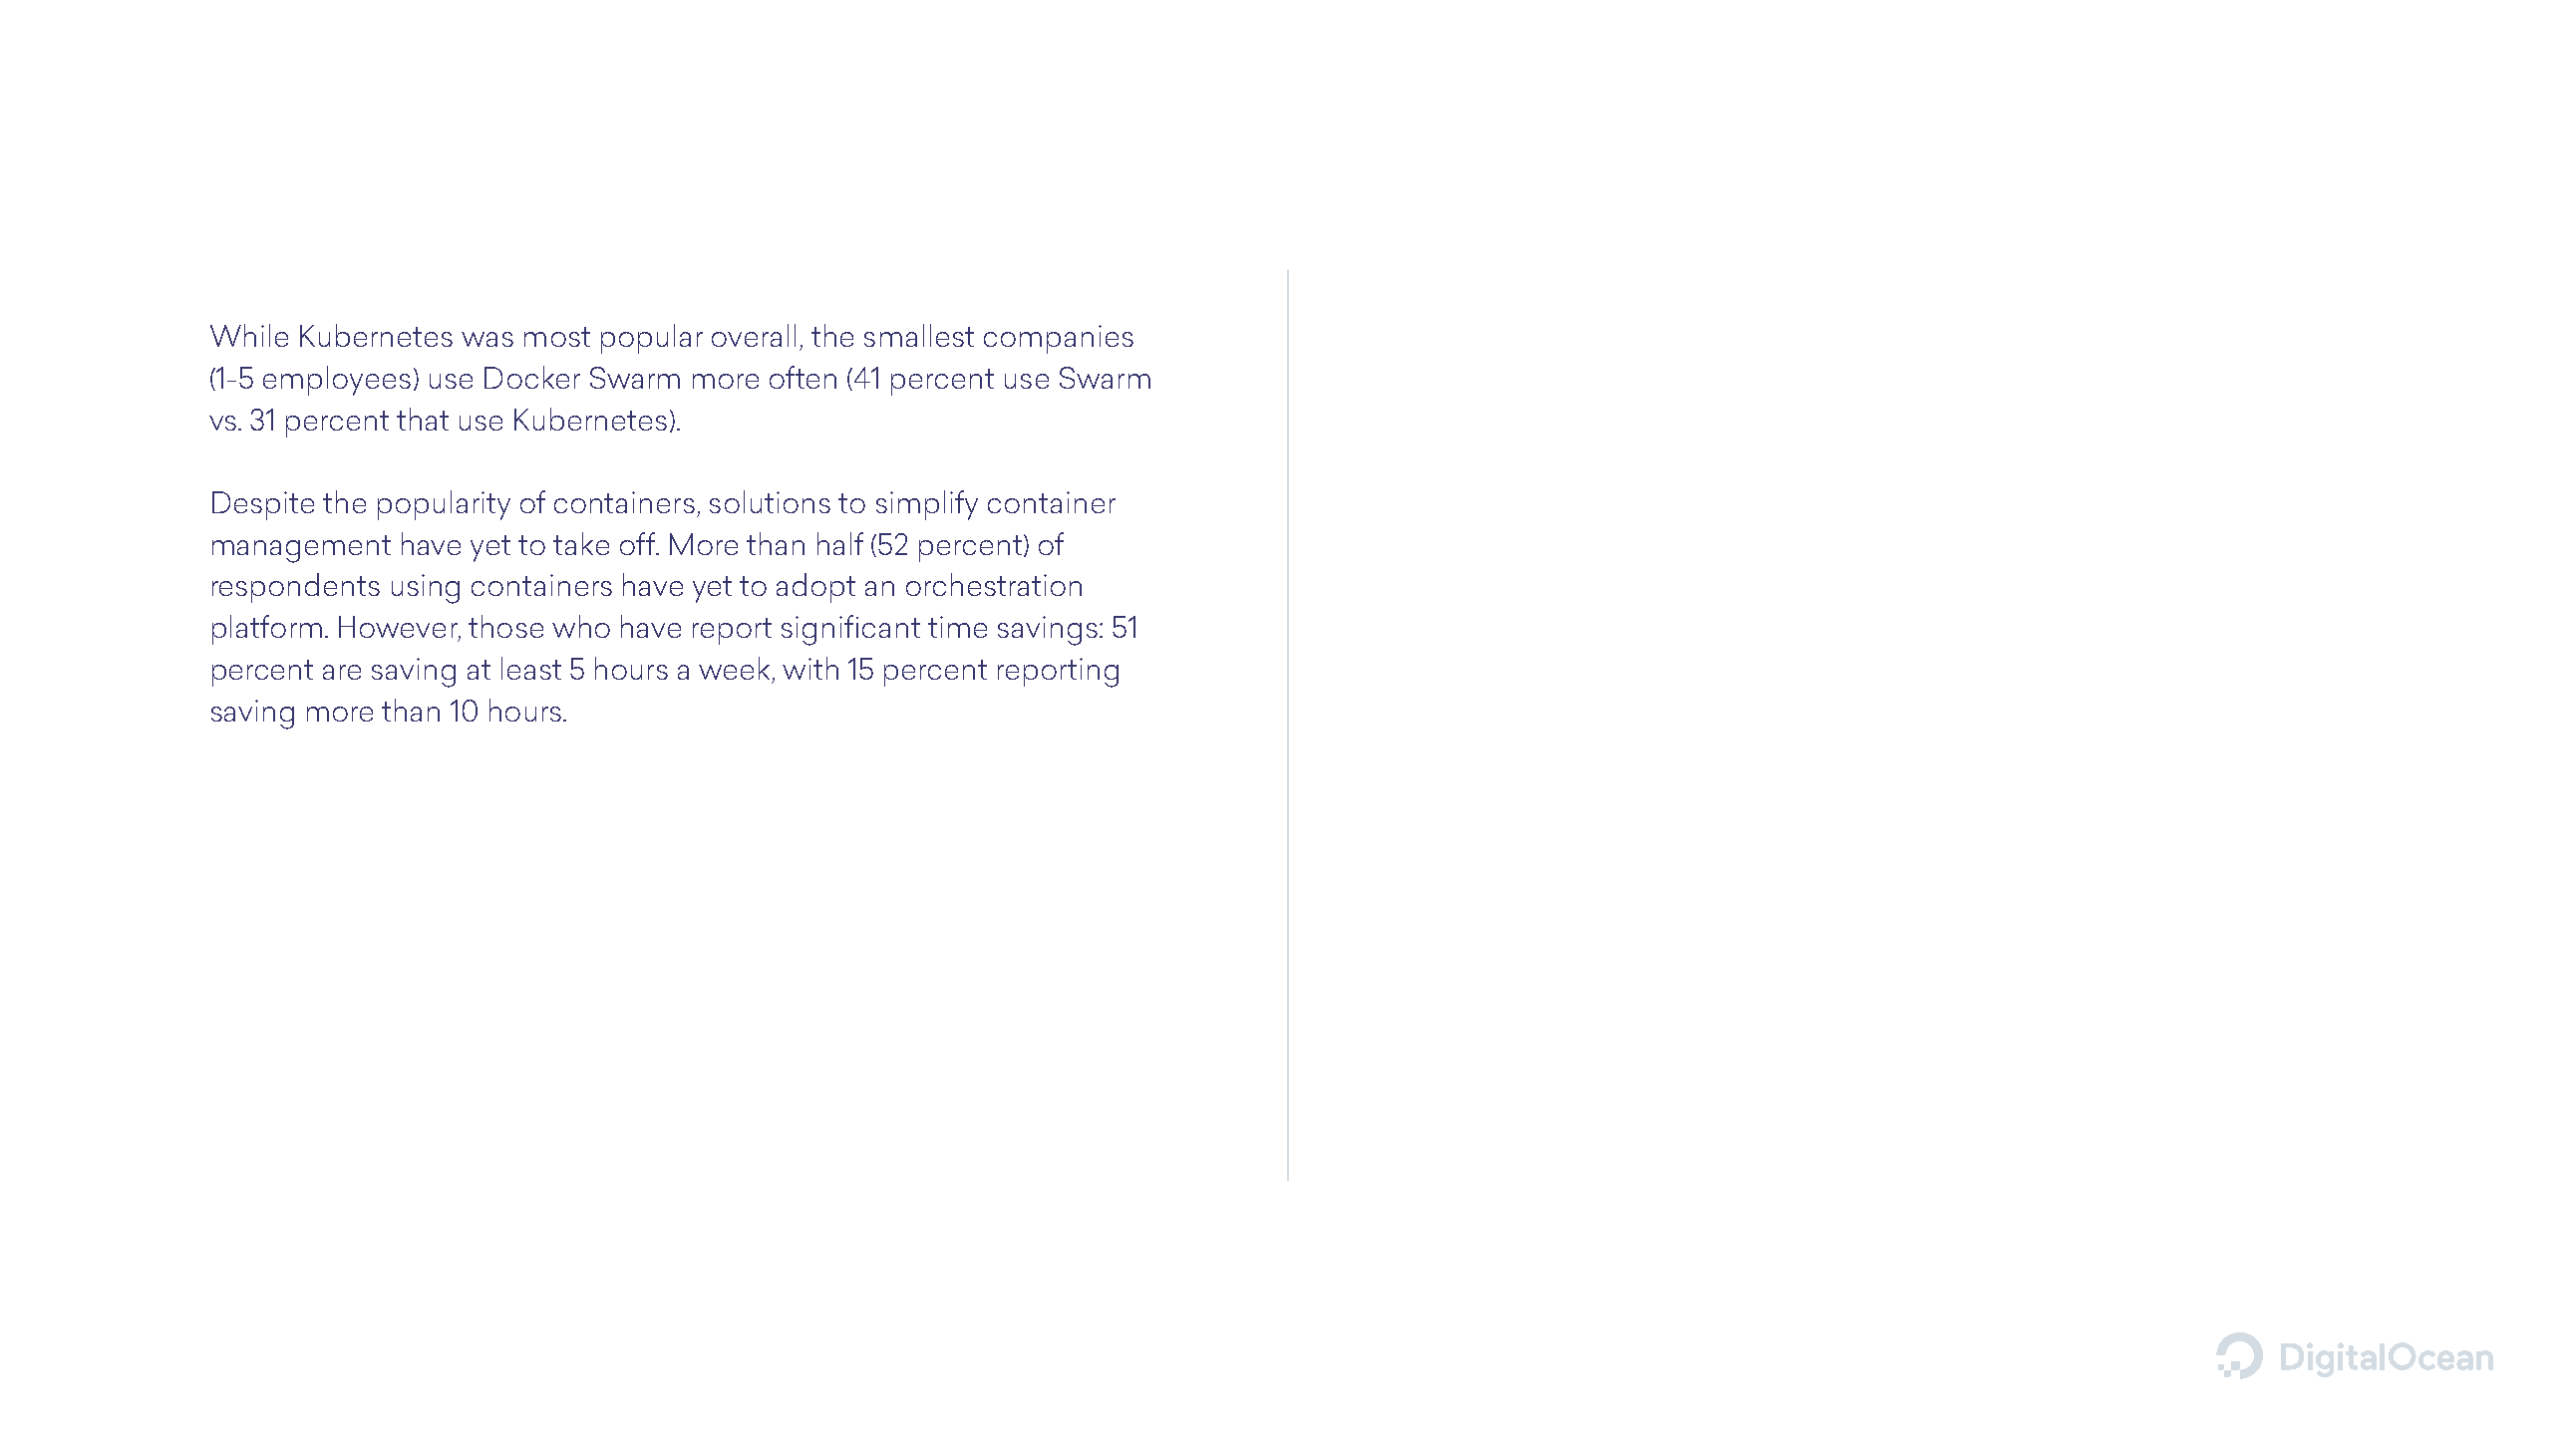
While Kubernetes was most popular overall, the smallest companies
 (1-5 employees) use Docker Swarm more often (41 percent use Swarm
 vs. 31 percent that use Kubernetes).
 Despite the popularity of containers, solutions to simplify container
 management   have yet to take off. More than half (52 percent) of
 respondents using containers have yet to adopt an orchestration
 platform. However, those who have report significant time savings: 51
 percent are saving at least 5 hours a week, with 15 percent reporting
 saving more than 10 hours.